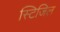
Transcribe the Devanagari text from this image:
स्टिजिल